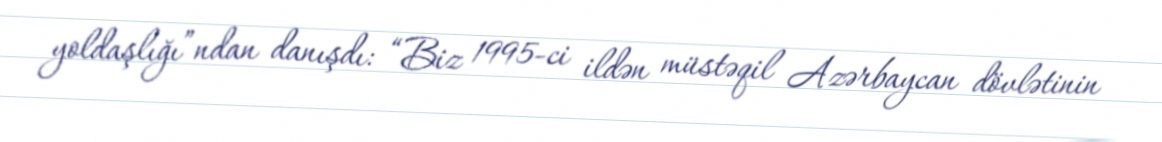
yoldaşlığı”ndan danışdı: “Biz 1995-ci ildən müstəqil Azərbaycan dövlətinin